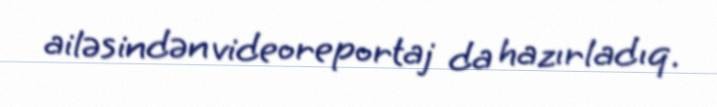
ailəsindən videoreportaj da hazırladıq.